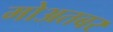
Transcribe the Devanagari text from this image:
मोअतबर